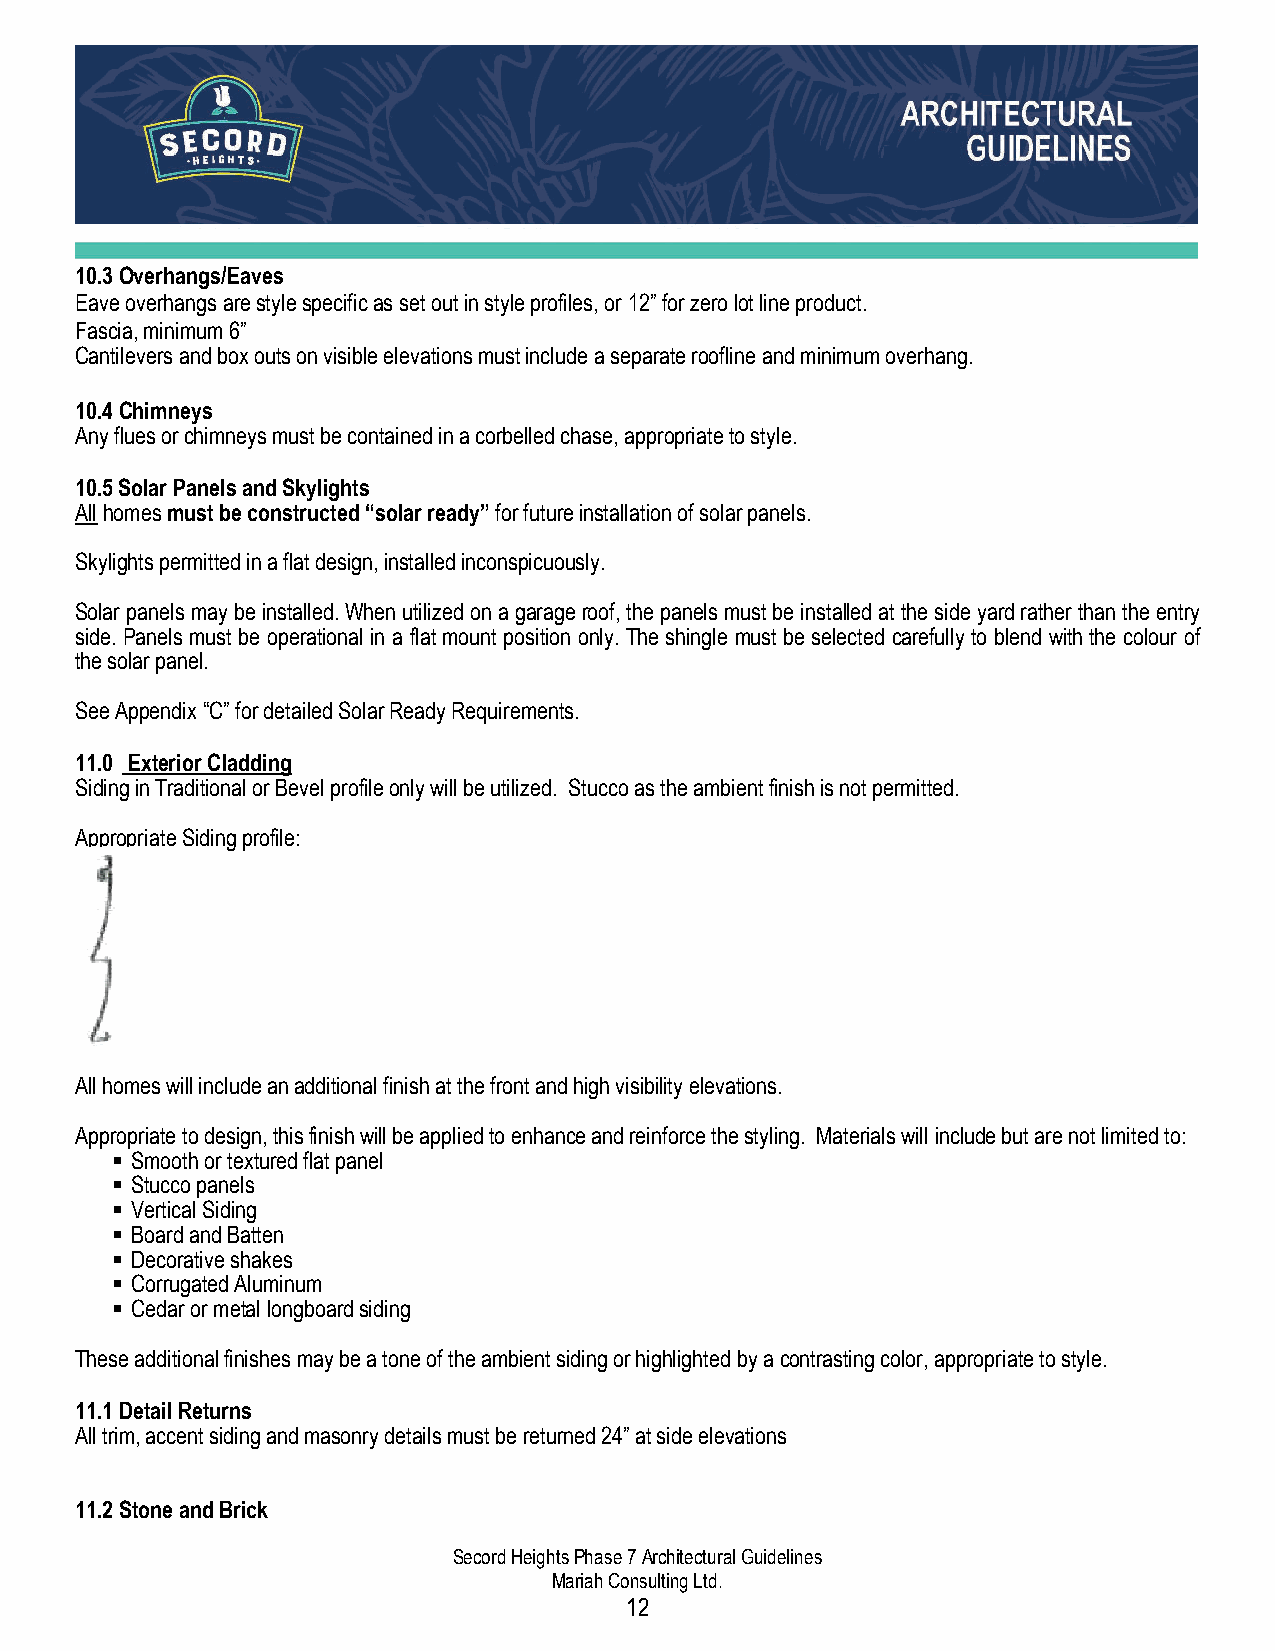
10.3 Overhangs/Eaves
 Eave overhangs are style specific as set out in style profiles, or 12” for zero lot line product.
 Fascia, minimum 6”
 Cantilevers and box outs on visible elevations must include a separate roofline and minimum overhang.
 10.4 Chimneys
 Any flues or chimneys must be contained in a corbelled chase, appropriate to style.
 10.5 Solar Panels and Skylights
 All homes must be constructed “solar ready” for future installation of solar panels.
 Skylights permitted in a flat design, installed inconspicuously.
 Solar panels may be installed. When utilized on a garage roof, the panels must be installed at the side yard rather than the entry
 side. Panels must be operational in a flat mount position only. The shingle must be selected carefully to blend with the colour of
 the solar panel.
 See Appendix “C” for detailed Solar Ready Requirements.
 11.0 Exterior Cladding
 Siding in Traditional or Bevel profile only will be utilized. Stucco as the ambient finish is not permitted.
 Appropriate Siding profile:
 All homes will include an additional finish at the front and high visibility elevations.
 Appropriate to design, this finish will be applied to enhance and reinforce the styling. Materials will include but are not limited to:
  Smooth or textured flat panel
  Stucco panels
  Vertical Siding
  Board and Batten
  Decorative shakes
  Corrugated Aluminum
  Cedar or metal longboard siding
 These additional finishes may be a tone of the ambient siding or highlighted by a contrasting color, appropriate to style.
 11.1 Detail Returns
 All trim, accent siding and masonry details must be returned 24” at side elevations
 11.2 Stone and Brick
 Secord Heights Phase 7 Architectural Guidelines
 Mariah Consulting Ltd.
 12